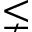
\lneq